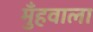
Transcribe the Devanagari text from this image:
मुँहवाला